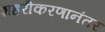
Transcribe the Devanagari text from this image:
शहरीकरणानंतर